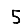
Digit: 5